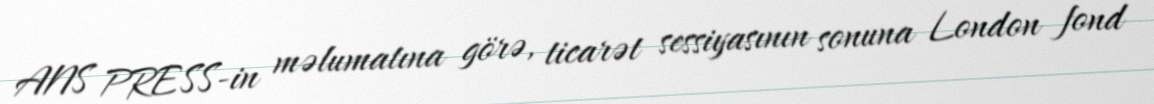
ANS PRESS-in məlumatına görə, ticarət sessiyasının sonuna London fond